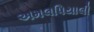
અમલપિયાલી